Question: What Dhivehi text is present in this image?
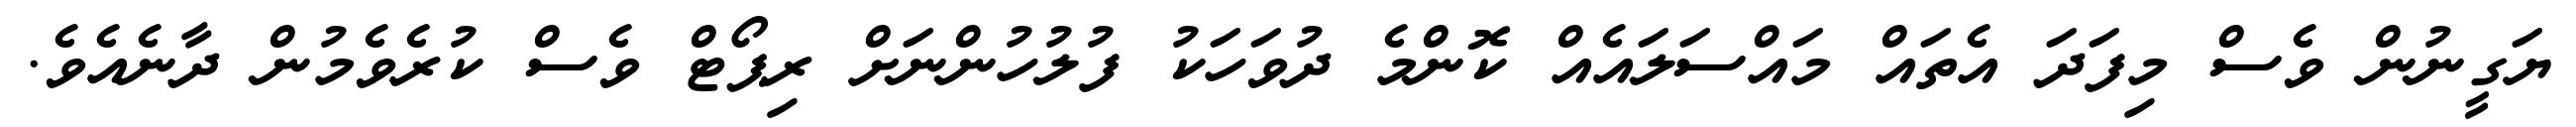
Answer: ޔަގީނުން ވެސް މިފަދަ އެތައް މައްސަލައެއް ކޮންމެ ދުވަހަކު ފުލުހުންނަށް ރިޕޯޓް ވެސް ކުރެވެމުން ދާނެއެވެ.